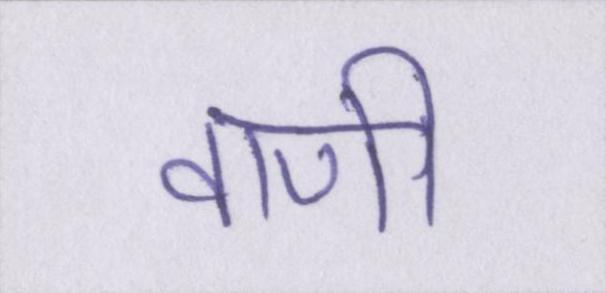
वाणी